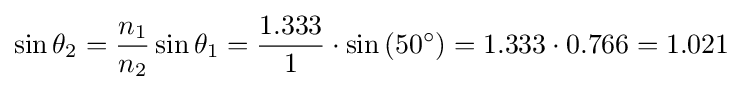
\sin \theta _{2}={\frac {n_{1}}{n_{2}}}\sin \theta _{1}={\frac {1.333}{1}}\cdot \sin \left(50^{\circ }\right)=1.333\cdot 0.766=1.021